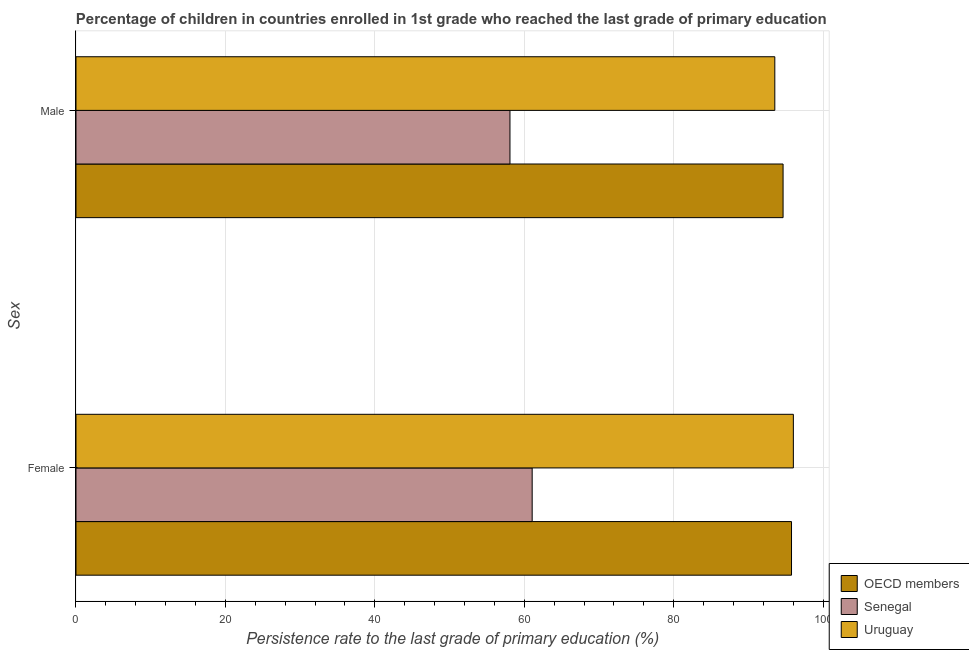
| Sex | OECD members | Senegal | Uruguay |
 | --- | --- | --- | --- |
 | Female | 95.8 | 61.1 | 96 |
 | Male | 94.6 | 58.1 | 93.5 |